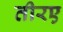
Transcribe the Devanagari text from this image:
तीरए